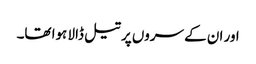
اور ان کے سروں پر تیل ڈالا ہوا تھا۔